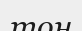
тон